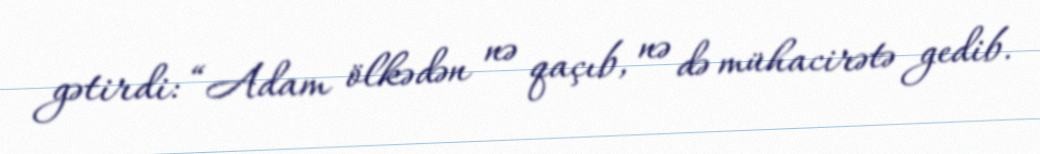
gətirdi: “Adam ölkədən nə qaçıb, nə də mühacirətə gedib.